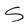
Character: S